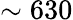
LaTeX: \sim 630